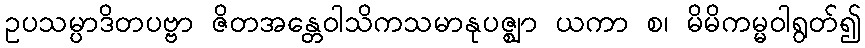
ဥပသမ္ပာဒိတပဗ္ဗာ ဇိတအန္တေဝါသိကသမာနုပဇ္ဈာ ယကာ စ၊ မိမိကမ္မဝါရွတ်၍